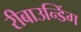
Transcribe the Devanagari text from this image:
रीबाउन्डिंग